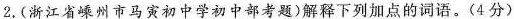
2，(浙江省嵊州市马寅初中学初中部考题)解释下列加点的词语。(4分)